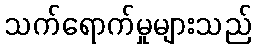
သက်ရောက်မှုများသည်